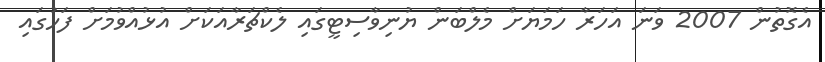
އެގޮތުން 2007 ވަނަ އަހަރާ ހަމަޔަށް މެލްބަން ޔުނިވާސިޓީގައި ލެކްޗަރާއަކަށް އުޅުއްވުމަށް ފަހުގައި